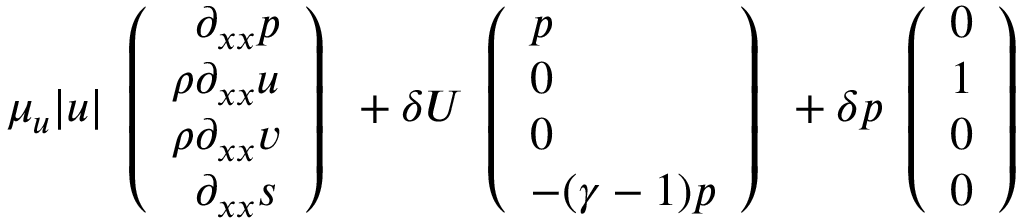
\mu _ { u } | u | \begin{array} { l } { \left( \begin{array} { l } { \phantom { \rho } \partial _ { x x } p } \\ { \rho \partial _ { x x } u } \\ { \rho \partial _ { x x } v } \\ { \phantom { \rho } \partial _ { x x } s } \end{array} \right) } \end{array} + \delta U \begin{array} { l } { \left( \begin{array} { l } { p } \\ { 0 } \\ { 0 } \\ { - ( \gamma - 1 ) p } \end{array} \right) } \end{array} + \delta p \begin{array} { l } { \left( \begin{array} { l } { 0 } \\ { 1 } \\ { 0 } \\ { 0 } \end{array} \right) } \end{array}